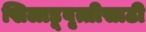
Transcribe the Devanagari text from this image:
खिलाडूवृत्तीसाठी